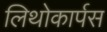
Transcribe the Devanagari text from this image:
लिथोकार्पस